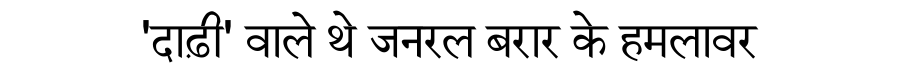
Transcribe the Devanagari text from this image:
'दाढ़ी' वाले थे जनरल बरार के हमलावर